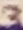
Text: 3